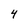
Character: 4